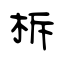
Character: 柝